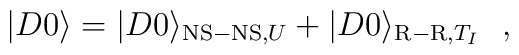
|D0\rangle = |D0\rangle_{{\rm NS-NS},U} + |D0\rangle_{{\rm R-R},T_I}~~,